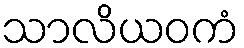
သာလိယဝကံ